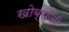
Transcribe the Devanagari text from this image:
खोब्राजी